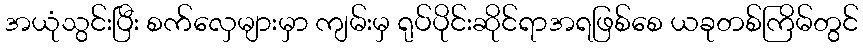
အယုံသွင်းပြီး စက်လှေများမှာ ကျမ်းမှ ရုပ်ပိုင်းဆိုင်ရာအရဖြစ်စေ ယခုတစ်ကြိမ်တွင်